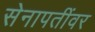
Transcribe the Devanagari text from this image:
सेनापतींवर